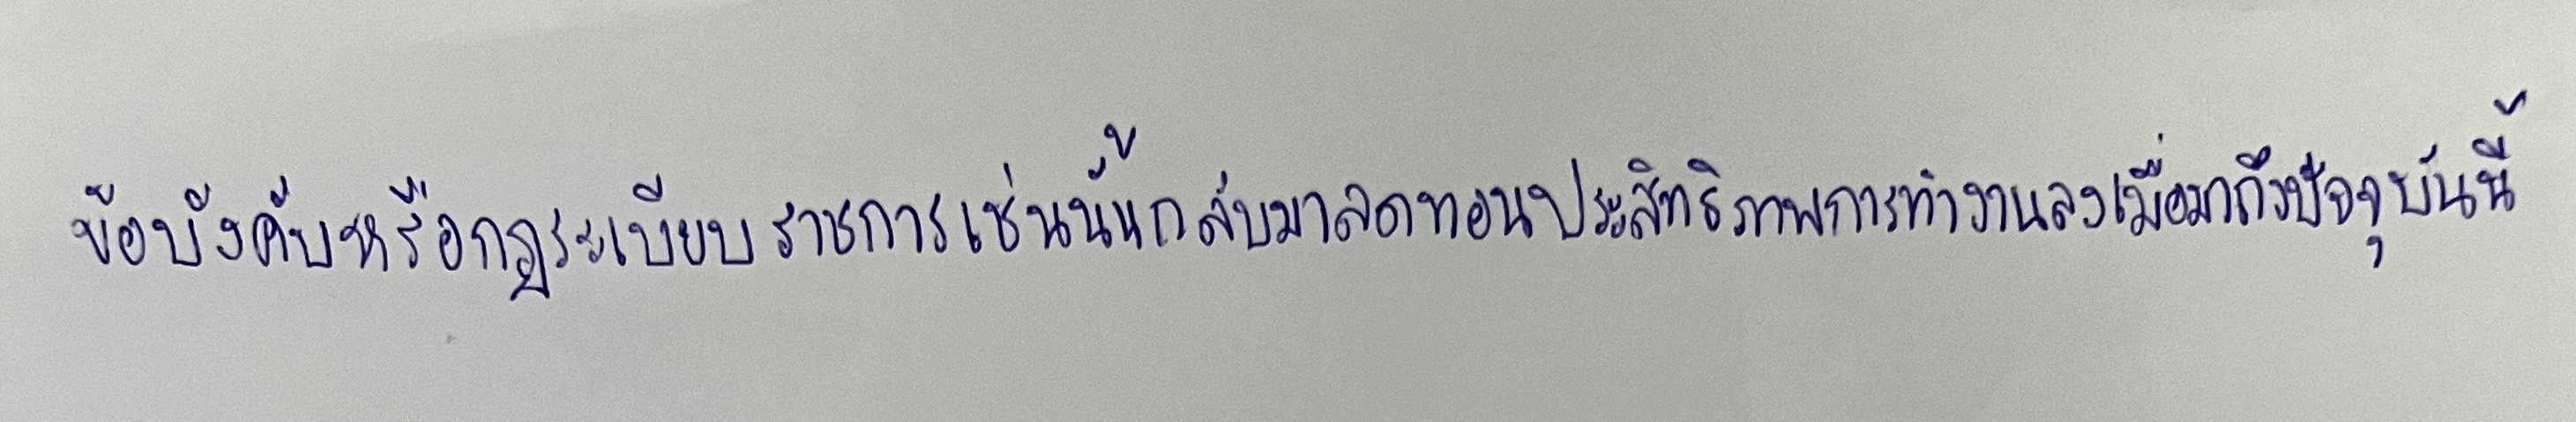
ข้อบังคับหรือกฎระเบียบราชการเช่นนั้นกลับมาลดทอนประสิทธิภาพการทำงานลงเมื่อมาถึงปัจจุบันนี้